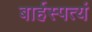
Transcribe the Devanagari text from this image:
बार्हस्पत्यं